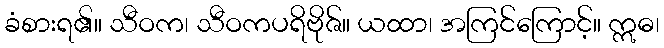
ခံစားရ၏။ သီဝက၊ သီဝကပရိဗိုဇ်။ ယထာ၊ အကြင်ကြောင့်။ ဣဓ၊